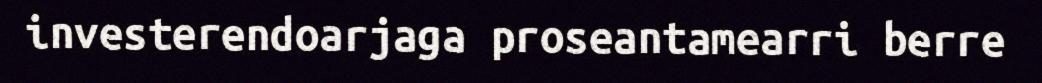
investerendoarjaga proseantamearri berre